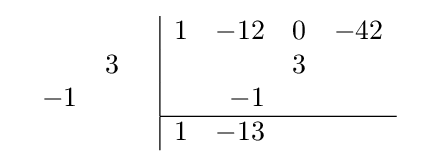
{\begin{array}{cc}{\begin{array}{rr}\\&3\\-1&\\\\\end{array}}&{\begin{array}{|rrrr}1&-12&0&-42\\&&3&\\&-1&&\\\hline 1&-13&&\\\end{array}}\end{array}}